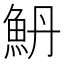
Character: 𱆥